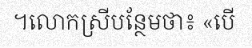
។លោកស្រីបន្ថែមថា៖ «បើ